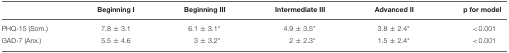
<table><thead><tr><td></td><td><b>Beginning I</b></td><td><b>Beginning III</b></td><td><b>Intermediate III</b></td><td><b>Advanced II</b></td><td><b>p for model</b></td></tr></thead><tbody><tr><td>PHQ-15 (Som.)</td><td>7.8 ± 3.1</td><td>6.1 ± 3.1<sup>*</sup></td><td>4.9 ± 3.5<sup>*</sup></td><td>3.8 ± 2.4<sup>*</sup></td><td>&lt;0.001</td></tr><tr><td>GAD-7 (Anx.)</td><td>5.5 ± 4.6</td><td>3 ± 3.2<sup>*</sup></td><td>2 ± 2.3<sup>*</sup></td><td>1.5 ± 2.4<sup>*</sup></td><td>&lt;0.001</td></tr></tbody></table>